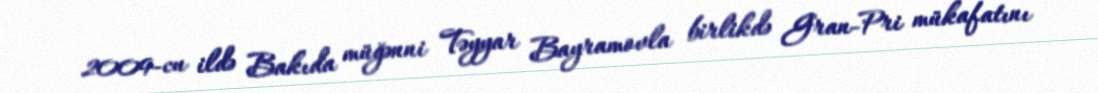
2009-cu ildə Bakıda müğənni Təyyar Bayramovla birlikdə Gran-Pri mükafatını